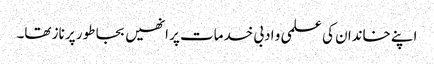
اپنے خاندان کی علمی و ادبی خدمات پر انھیں بجا طور پر ناز تھا۔